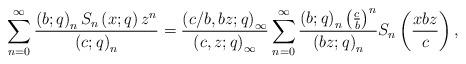
LaTeX: \begin{align*}\sum_{n=0}^{\infty}\frac{\left(b;q\right)_{n}S_{n}\left(x;q\right)z^{n}}{\left(c;q\right)_{n}}=\frac{\left(c/b,bz;q\right)_{\infty}}{\left(c,z;q\right)_{\infty}}\sum_{n=0}^{\infty}\frac{\left(b;q\right)_{n}\left(\frac{c}{b}\right)^{n}}{\left(bz;q\right)_{n}}S_{n}\left(\frac{xbz}{c}\right),\end{align*}